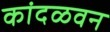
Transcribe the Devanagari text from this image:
कांदळवन